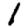
Digit: 1